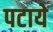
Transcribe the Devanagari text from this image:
पटाये